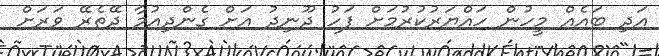
އަދި ބައެއް މީހުން ހައްޔަރުކުރުމަށް ފަހު ދޫނިދު އަށް ގެންދިއުމާ ދޭތެރޭ ވަރަށް